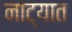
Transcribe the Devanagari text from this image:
नाट्यात